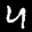
Label: 4